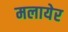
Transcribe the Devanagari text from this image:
मलायेर